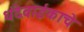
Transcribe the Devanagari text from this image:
धंदेवाईकाचे